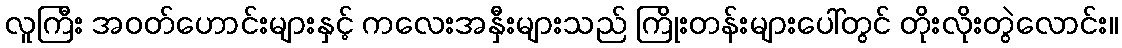
လူကြီး အဝတ်ဟောင်းများနှင့် ကလေးအနှီးများသည် ကြိုးတန်းများပေါ်တွင် တိုးလိုးတွဲလောင်း။